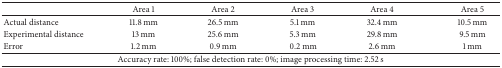
|  | Area 1 | Area 2 | Area 3 | Area 4 | Area 5 |
 | --- | --- | --- | --- | --- | --- |
 | Actual distance | 11.8 mm | 26.5 mm | 5.1 mm | 32.4 mm | 10.5 mm |
 | Experimental distance | 13 mm | 25.6 mm | 5.3 mm | 29.8 mm | 9.5 mm |
 | Error | 1.2 mm | 0.9 mm | 0.2 mm | 2.6 mm | 1 mm |
 | <COLSPAN=6> Accuracy rate: 100%; false detection rate: 0%; image processing time: 2.52 s |